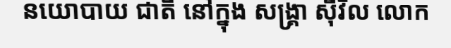
នយោបាយ ជាតិ នៅក្នុង សង្គ្រា ស៊ីវិល លោក